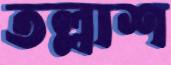
তল্লাশ